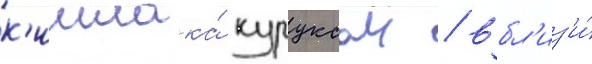
к'ишлака́ куруксаи / вбл'из'и́